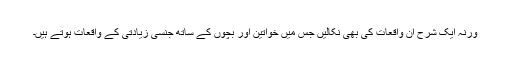
ورنہ ایک شرح ان واقعات کی بھی نکالیں جس میں خواتین اور بچوں کے ساتھ جنسی زیادتی کے واقعات ہوتے ہیں۔